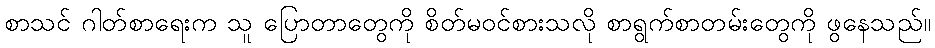
စာသင် ဂါတ်စာရေးက သူ ပြောတာတွေကို စိတ်မဝင်စားသလို စာရွက်စာတမ်းတွေကို ဖွနေသည်။